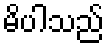
မိပါသည်